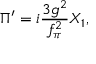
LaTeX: \Pi ^ { \prime } = i \frac { 3 g ^ { 2 } } { f _ { \pi } ^ { 2 } } X _ { 1 } ,